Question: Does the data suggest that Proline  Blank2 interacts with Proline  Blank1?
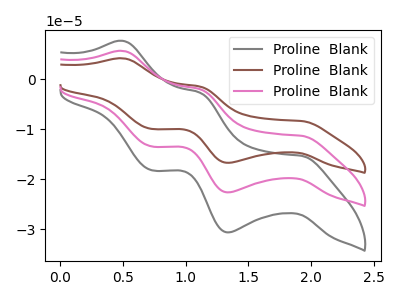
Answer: <think>The gray curve "Proline  Blank1" has anodic peaks at (0.50V, 7.70uA) (1.10V, -2.70uA) and cathodic peaks at (1.95V, -15.30uA) (1.35V, -30.60uA) (0.75V, -18.20uA). The brown curve "Proline  Blank2" has anodic peaks at (0.50V, 11.35uA) (1.10V, -4.00uA) and cathodic peaks at (1.95V, -22.65uA) (1.35V, -45.25uA) (0.75V, -26.90uA). The pink curve "Proline  Blank3" has anodic peaks at (0.50V, 5.70uA) (1.10V, -2.00uA) and cathodic peaks at (1.95V, -11.30uA) (1.35V, -22.60uA) (0.75V, -13.45uA).
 All the peaks in "Proline  Blank2" have a peak in "Proline  Blank1" at the same potential.</think>
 <answer>No, "Proline  Blank2" and "Proline  Blank1" don't appear to be significantly different in shape</answer>
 <eval>no_change</eval>